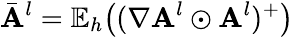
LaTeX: \bar{\mathbf{A}}^{l}=\mathbb{E}_{h}\big((\nabla\mathbf{A}^{l}\odot\mathbf{A}^{l})^{+}\big)